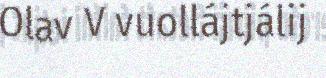
Olav V vuollájtjálij